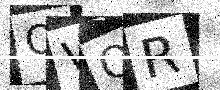
Text: OVOR